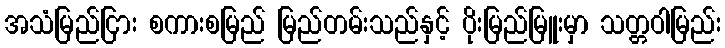
အသံမြည်ငြား စကားစမြည် မြည်တမ်းသည်နှင့် ပိုးမြည်မြူးမှာ သတ္တဝါမြည်း